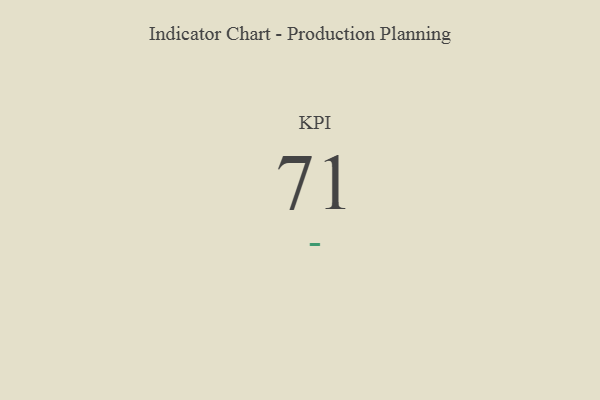
{"axis": {"x": "KPI", "y": "Value"}, "legend": [""], "data": [{"x": "KPI", "y": 71, "type": ""}]}